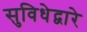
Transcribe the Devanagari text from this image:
सुविधेद्वारे